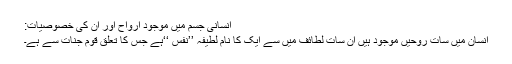
انسانی جسم میں موجود ارواح اور ان کی خصوصیات:
انسان میں سات روحیں موجود ہیں ان سات لطائف میں سے ایک کا نام لطیفہ ’’نفس ‘‘ہے جس کا تعلق قوم جنات سے ہے۔